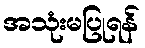
အသုံးမပြုရန်